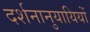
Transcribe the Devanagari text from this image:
दर्शनानुयायियों